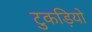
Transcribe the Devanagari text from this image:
टुकड़ियो